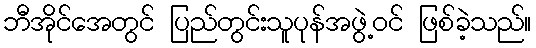
ဘီအိုင်အေတွင် ပြည်တွင်းသူပုန်အဖွဲ့ဝင် ဖြစ်ခဲ့သည်။